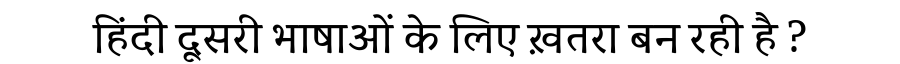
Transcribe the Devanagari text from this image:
हिंदी दूसरी भाषाओं के लिए ख़तरा बन रही है ?